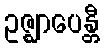
ဥဇ္ဈာပေန္တီ